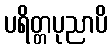
ပရိတ္တပုညာပိ